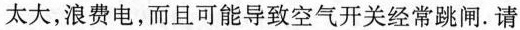
太大，浪费电，而且可能导致空气开关经常跳闸。请